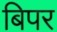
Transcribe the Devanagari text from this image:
बिपर